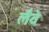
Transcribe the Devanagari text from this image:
लैवे